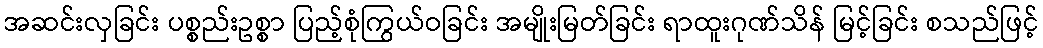
အဆင်းလှခြင်း ပစ္စည်းဥစ္စာ ပြည့်စုံကြွယ်ဝခြင်း အမျိုးမြတ်ခြင်း ရာထူးဂုဏ်သိန် မြင့်ခြင်း စသည်ဖြင့်